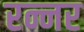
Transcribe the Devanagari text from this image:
रन्नर